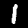
Label: 1